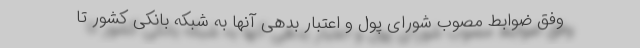
وفق ضوابط مصوب شورای پول و اعتبار بدهی آنها به شبکه بانکی کشور تا